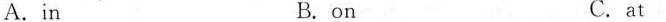
A.in B.on C.at